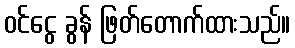
ဝင်ငွေ ခွန် ဖြတ်တောက်ထားသည်။